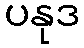
ပနုဒ